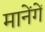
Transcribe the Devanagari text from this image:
मानेंगें